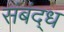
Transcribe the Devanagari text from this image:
संबंद्‌ध